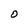
Character: O